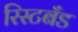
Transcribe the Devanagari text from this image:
रिस्टबँड